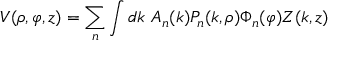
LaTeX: V ( \rho , \varphi , z ) = \sum _ { n } \int d k \, \, A _ { n } ( k ) P _ { n } ( k , \rho ) \Phi _ { n } ( \varphi ) Z ( k , z )